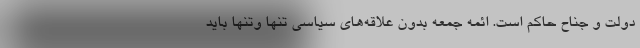
دولت و جناح حاکم است. ائمه جمعه بدون علاقه‌های سیاسی تنها وتنها باید